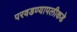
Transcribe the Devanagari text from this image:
परवडण्यापलीकडे